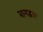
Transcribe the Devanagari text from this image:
बागद्वार